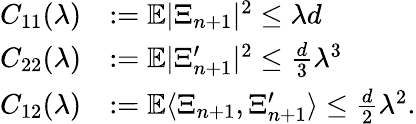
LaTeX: \begin{array}{rl}{C_{11}(\lambda)}&{:=\mathbb{E}|\Xi_{n+1}|^{2}\leq\lambda d}\\ {C_{22}(\lambda)}&{:=\mathbb{E}|\Xi_{n+1}^{\prime}|^{2}\leq\frac{d}{3}\lambda^{3}}\\ {C_{12}(\lambda)}&{:=\mathbb{E}\langle\Xi_{n+1},\Xi_{n+1}^{\prime}\rangle\leq\frac{d}{2}\lambda^{2}.}\end{array}